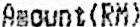
AMOUNT(RM)